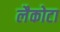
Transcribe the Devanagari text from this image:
लैकोटा